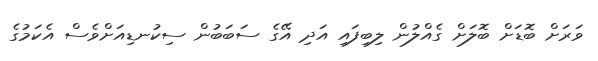
ވަރަށް ބޮޑަށް ބޮލަށް ގެއްލުން ލިބިފައި އަދި އޭގެ ސަބަބުން ސިކުނޑިއަށްވެސް އެކަމުގެ